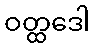
ဝတ္ထဒေါ